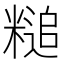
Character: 䊚